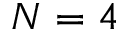
N = 4